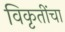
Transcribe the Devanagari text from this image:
विकृतींचा